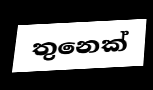
තුනෙක්